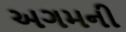
અગમની